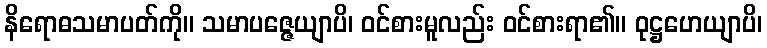
နိရောဓသမာပတ်ကို။ သမာပဇ္ဇေယျာပိ၊ ဝင်စားမူလည်း ဝင်စားရာ၏။ ဝုဋ္ဌဟေယျာပိ၊